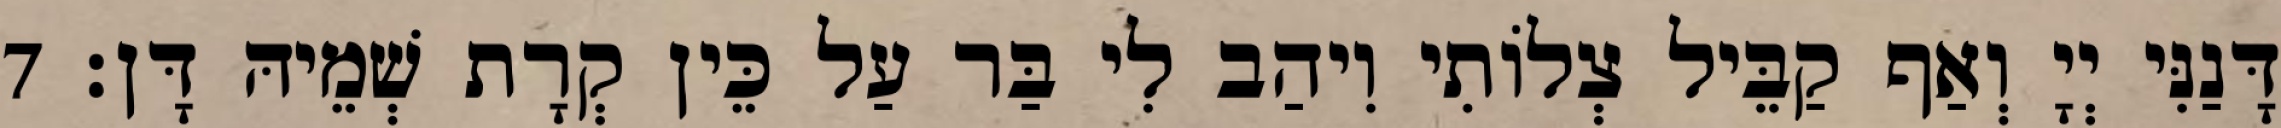
דָּנַנִּי יְיָ וְאַף קַבֵּיל צְלוֹתִי וִיהַב לִי בַּר עַל כֵּין קְרָת שְׁמֵיהּ דָּן׃ 7